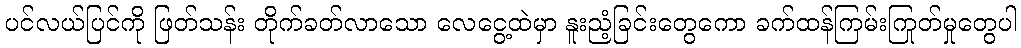
ပင်လယ်ပြင်ကို ဖြတ်သန်း တိုက်ခတ်လာသော လေငွေ့ထဲမှာ နူးညံ့ခြင်းတွေကော ခက်ထန်ကြမ်းကြုတ်မှုတွေပါ